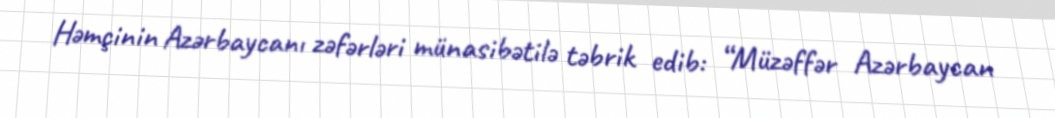
Həmçinin Azərbaycanı zəfərləri münasibətilə təbrik edib: “Müzəffər Azərbaycan